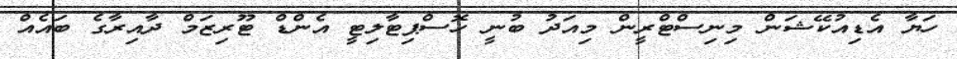
ހަޔާ އެޑިއުކޭޝަން މިނިސްޓްރީން މިއަދު ބުނީ ހޮސްޕިޓާލިޓީ އެންޑް ޓޫރިޒަމް ދާއިރާގެ ބައެއް